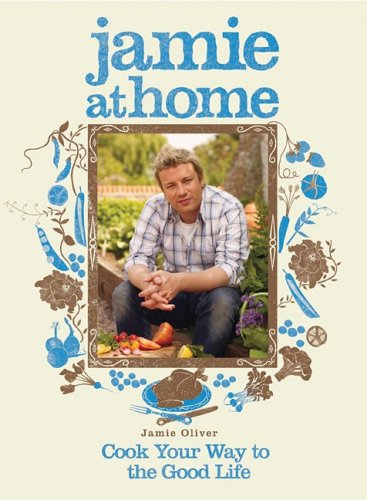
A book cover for Jamie at Home: Cook Your Way to the Good Life; Jamie Oliver; Crafts, Hobbies & Home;